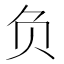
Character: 负